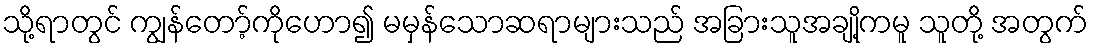
သို့ရာတွင် ကျွန်တော့်ကိုဟော၍ မမှန်သောဆရာများသည် အခြားသူအချို့ကမူ သူတို့ အတွက်